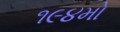
૧૯૪મો